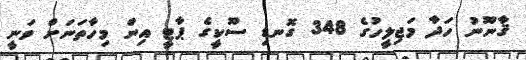
ޤާނޫނު ހަދާ މަޖިލީހުގެ 348 ގޮނޑި ސޫކީގެ ޕާޓީ އިން މިހާތަނަށް ވަނީ